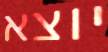
יוצא